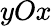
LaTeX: yOx